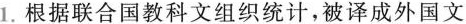
1.根据联合国教科文组织统计，被译成外国文